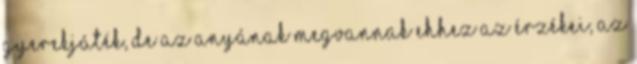
gyerekjáték, de az anyának megvannak ehhez az érzékei, az